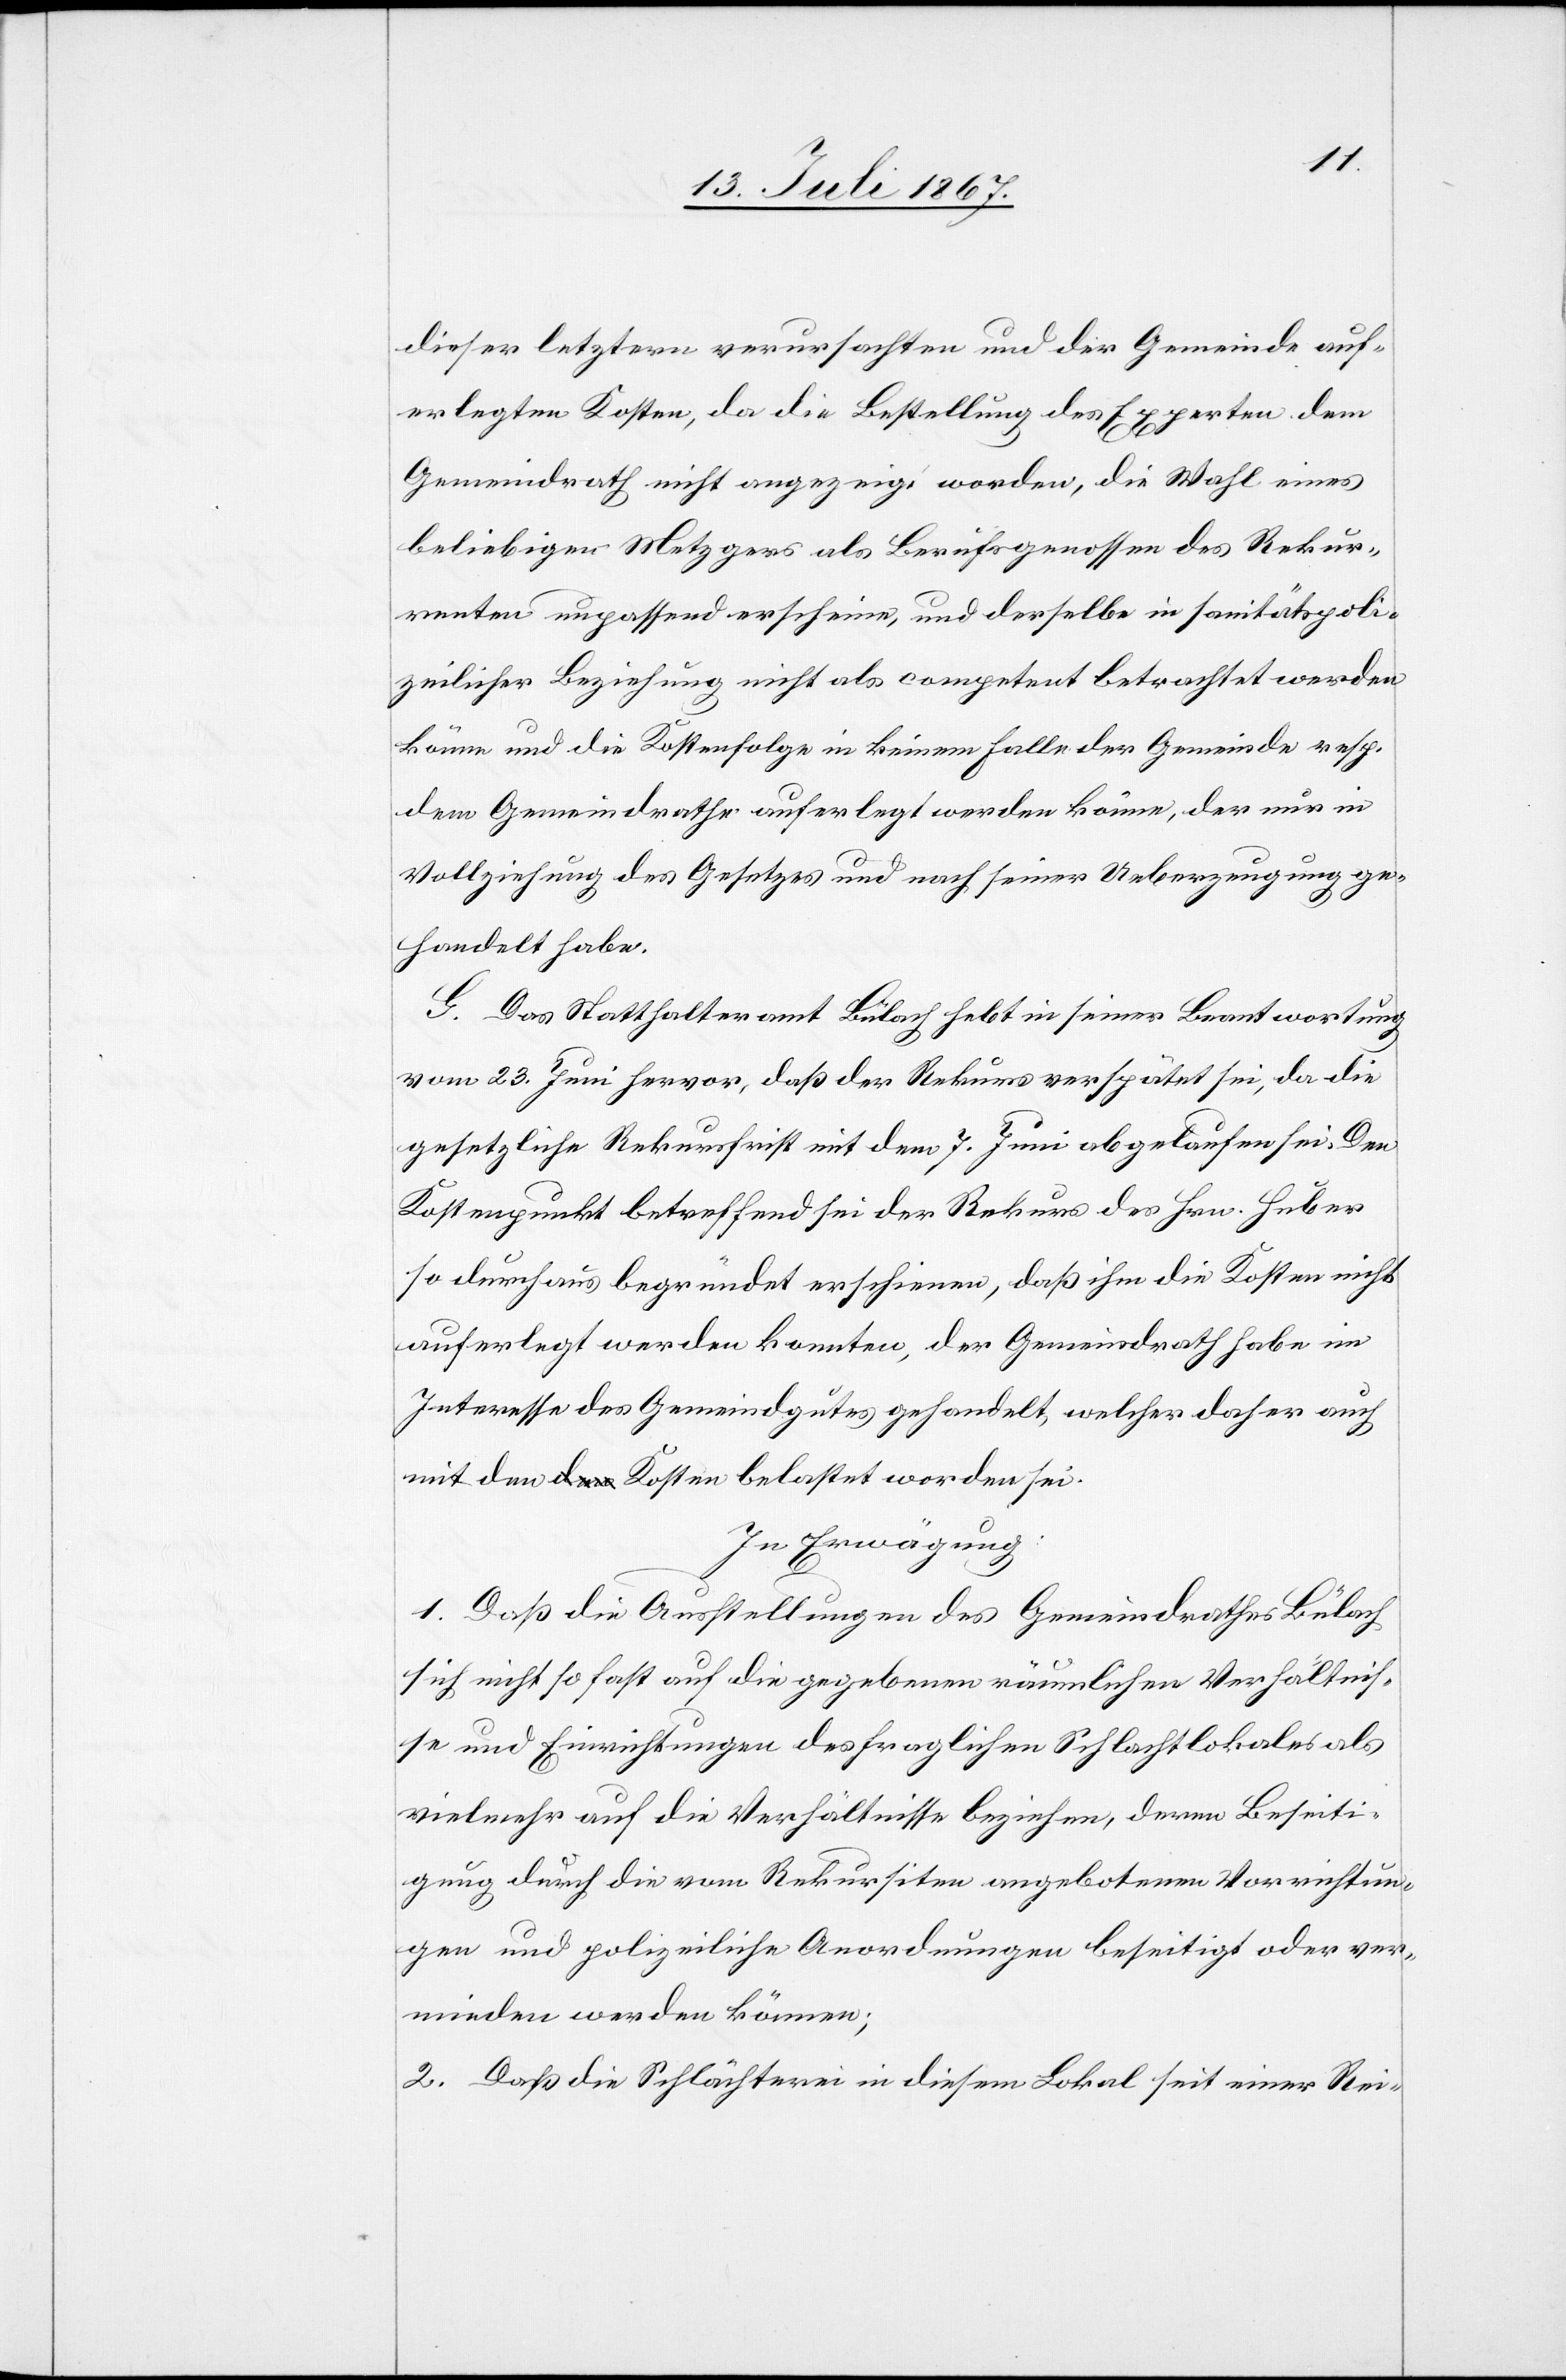
dieser letztern verursachten und der Gemeinde auf¬
erlegten Kosten, da die Bestellung des Experten dem
Gemeindrath nicht angezeigt worden, die Wahl eines
beliebigen Metzgers als Berufsgenossen des Rekur¬
renten unpassend erscheine, und derselbe in sanitätspoli¬
zeilicher Beziehung nicht als competent betrachtet werden
könne und die Kostenfolge in keinem Falle der Gemeinde resp.
dem Gemeindrathe auferlegt werden könne, der nur in
Vollziehung des Gesetzes und nach seiner Ueberzeugung ge¬
handelt habe.
G. Das Statthalteramt Bülach hebt in seiner Beantwortung
vom 23. Juni hervor, daß der Rekurs verspätet sei, da die
gesetzliche Rekursfrist mit dem 7. Juni abgelaufen sei. Den
Kostenpunkt betreffend sei der Rekurs des Hrn. Huber
so durchaus begründet erschienen, daß ihm die Kosten nicht
auferlegt werden konnten, der Gemeindrath habe im
Interesse des Gemeindgutes gehandelt, welcher daher auch
mit den Kosten belastet worden sei.
In Erwägung:
1. Daß die Ausstellungen des Gemeindrathes Bülach
sich nicht so fast auf die gegebenen nämlichen Verhältnis¬
se und Einrichtungen des fraglichen Schlachtlokales als
vielmehr auf die Verhältnisse beziehen, deren Beseiti¬
gung durch die vom Rekursiten angebotenen Vorrichtun¬
gen und polizeiliche Anordnungen beseitigt oder ver¬
mieden werden können;
2. Daß die Schlächterei in diesem Lokal seit einer Rei-